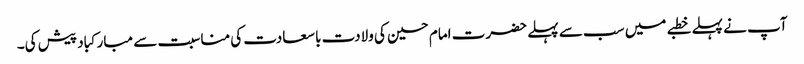
آپ نے پہلے خطبے میں سب سے پہلے حضرت امام حسین کی ولادت با سعادت کی مناسبت سے مبارکباد پیش کی۔